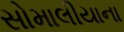
સોમાલીયાના